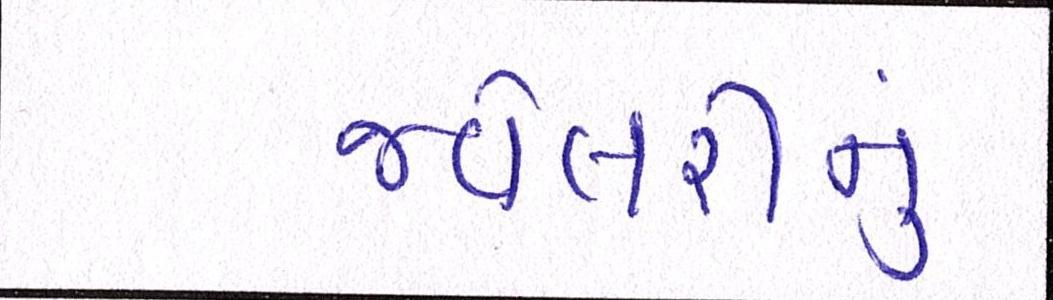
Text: જવેલરીનું